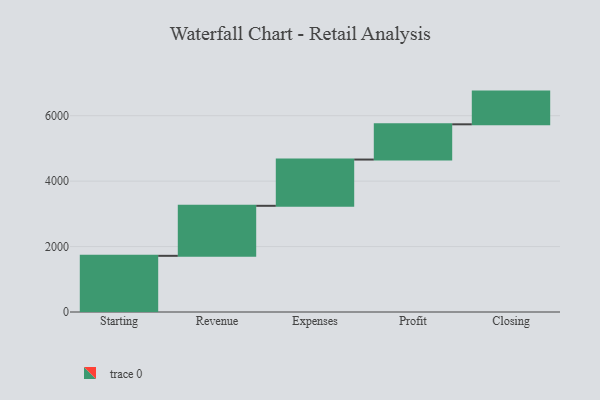
{"axis": {"x": "Step", "y": "Value"}, "legend": [""], "data": [{"x": "Starting", "y": 1717.0, "type": ""}, {"x": "Revenue", "y": 1529.0, "type": ""}, {"x": "Expenses", "y": 1414.0, "type": ""}, {"x": "Profit", "y": 1077.0, "type": ""}, {"x": "Closing", "y": 1000, "type": ""}]}